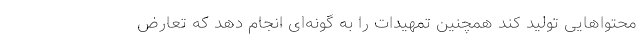
محتواهایی تولید کند همچنین تمهیدات را به گونه‌ای انجام دهد که تعارض